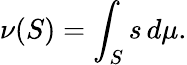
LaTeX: \nu(S)=\int_{S}s\, d\mu.